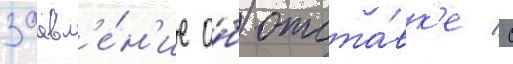
заавл'е́н'ие о́б отста́вк'е с